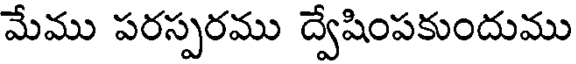
మేము పరస్పరము ద్వేషింపకుందుము